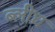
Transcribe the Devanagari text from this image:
ब्लीघ